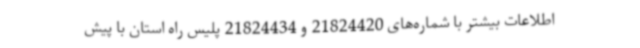
اطلاعات بیشتر با شماره‌های 21824420 و 21824434 پلیس راه استان با پیش